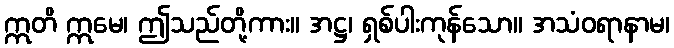
ဣတိ ဣမေ၊ ဤသည်တို့ကား။ အဋ္ဌ၊ ရှစ်ပါးကုန်သော။ အသံဝရာနာမ၊